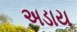
અડાય